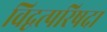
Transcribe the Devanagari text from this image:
विद्वत्परिषदा